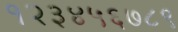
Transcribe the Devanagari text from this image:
१२३४५६७८९